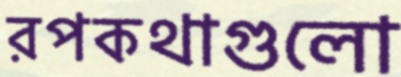
রপকথাগুলো